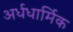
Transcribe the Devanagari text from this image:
अर्धधार्मिक